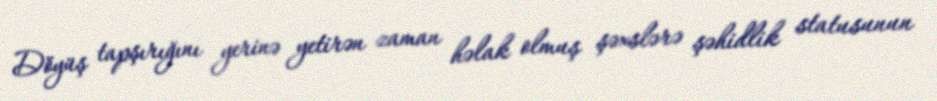
Döyüş tapşırığını yerinə yetirən zaman həlak olmuş şəxslərə şəhidlik statusunun